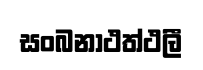
සංබනාථත්ථලී